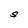
Character: S